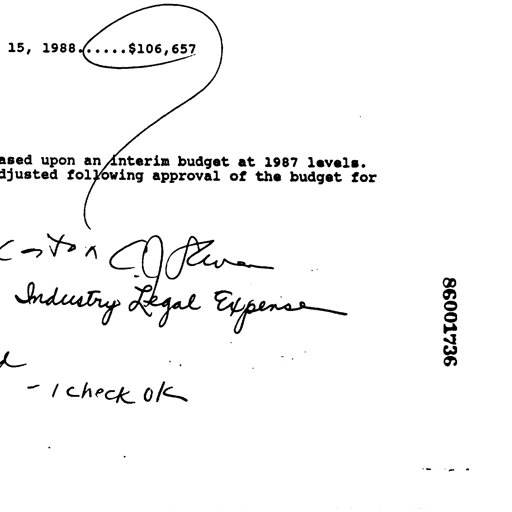
15, 1988.....$106,657
ased upon an interim budget at 1987 levels.
djusted following approval of the budget for
C J Revan
Industry Legal Expense
- 1 check ok
86001736